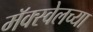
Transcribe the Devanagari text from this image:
मॅक्स्वेलच्या